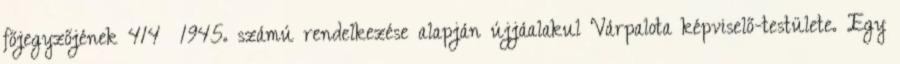
főjegyzőjének 414 1945. számú rendelkezése alapján újjáalakul Várpalota képviselő-testülete. Egy